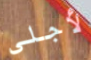
لأجلي